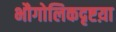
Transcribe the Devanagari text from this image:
भौगोलिकदृष्टय़ा